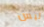
ليس